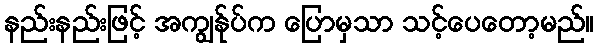
နည်းနည်းဖြင့် အကျွန်ုပ်က ပြောမှသာ သင့်ပေတော့မည်။